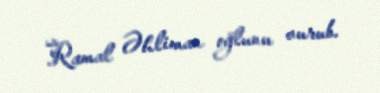
Ramal Əhliman oğlunu vurub.